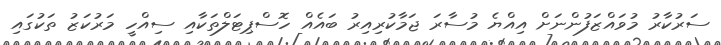
ސަރުކާރު މުވައްޒަފުންނަށް އިއްޔެ މުސާރަ ޖަމާކުރިއިރު ބައެއް ހޮސްޕިޓަލްތަކާއި ސިއްހީ މަރުކަޒު ތަކުގައި